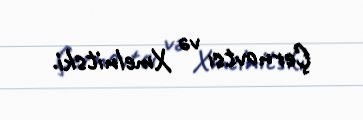
Çernovtsı və Xmelnitski.